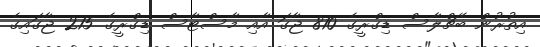
އިތުރުން ބެޗްލާސް ޑިގްރީގެ 810 ޖާގަ އާއި މާސްޓާސް ޑިގްރީގެ 215 ޖާގައިގެ